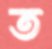
ত